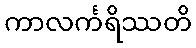
ကာလင်္ကရိဿတိ